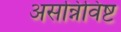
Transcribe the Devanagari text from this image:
असन्निविष्ट